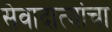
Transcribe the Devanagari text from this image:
सेवादात्यांचा